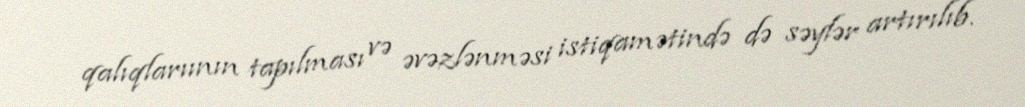
qalıqlarıının tapılması və əvəzlənməsi istiqamətində də səylər artırılıb.